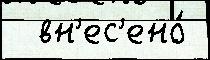
  вн'ес'ено́